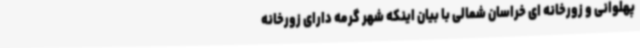
پهلوانی و زورخانه ای خراسان شمالی با بیان اینکه شهر گرمه دارای زورخانه